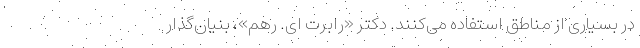
در بسیاری از مناطق استفاده می‌کنند. دکتر «رابرت ای. رهم»، بنیان‌گذار